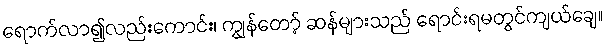
ရောက်လာ၍လည်းကောင်း၊ ကျွန်တော့် ဆန်များသည် ရောင်းရမတွင်ကျယ်ချေ။